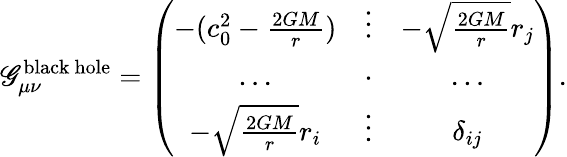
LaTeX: \mathscr{G}_{\mu\nu}^{\mathrm{{black~hole}}}=\left(\begin{array}{ccc}{-(c_{0}^{2}-\frac{2GM}{r})}&{\vdots}&{-\sqrt{\frac{2GM}{r}}{r_{j}}}\\ {\ldots}&{\cdot}&{\ldots}\\ {-\sqrt{\frac{2GM}{r}}{r_{i}}}&{\vdots}&{\delta_{ij}}\end{array}\right).